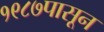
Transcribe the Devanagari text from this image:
१९८७पासून